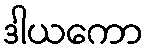
ဒါယကော